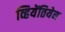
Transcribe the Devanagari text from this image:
व्हियेंतियेन